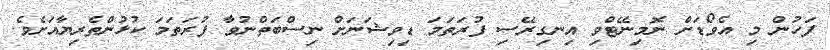
ފަހުން މި އެވޯޑަށް ނޮމިނޭޓްވި އިނގިރޭސި ފުރަތަމަ ޑިވިޝަނަށް ނިސްބަތްނުވާ ފުރަތަމަ ކުޅުންތެރިޔާއަށެވެ.